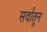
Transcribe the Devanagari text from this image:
सर्वांतून